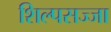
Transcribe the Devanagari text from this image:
शिल्पसज्जा